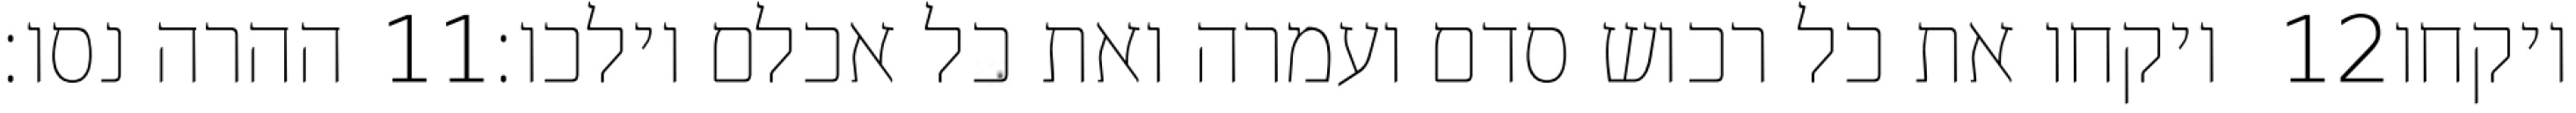
ההרה נסו׃ ‎11‏ ויקחו את כל רכוש סדם ועמרה ואת כל אכלם וילכו׃ ‎12‏ ויקחו